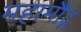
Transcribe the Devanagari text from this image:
महामौद्ग